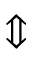
\Updownarrow